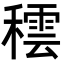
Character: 𥢚